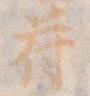
符